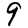
Digit: 9